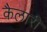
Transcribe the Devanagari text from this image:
कैलारी